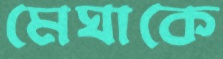
মেঘাকে